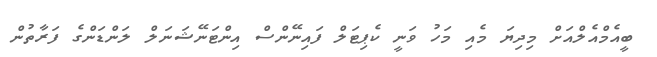
ބީއެމްއެލްއަށް މިދިޔަ މެއި މަހު ވަނީ ކެޕިޓަލް ފައިނޭންސް އިންޓަނޭޝަނަލް ލަންޑަންގެ ފަރާތުން